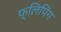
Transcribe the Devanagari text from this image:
फ्लिपिंग